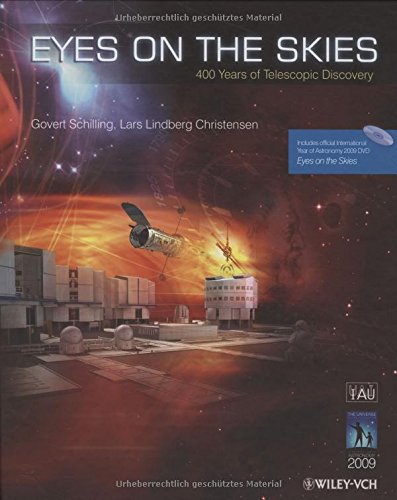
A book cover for Eyes on the Skies: 400 Years of Telescopic Discovery; Govert Schilling; Science & Math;